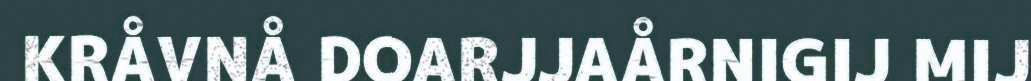
KRÅVNÅ DOARJJAÅRNIGIJ MIJ